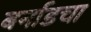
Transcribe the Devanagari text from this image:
बर्नाडचा